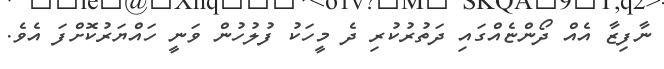
ނާފިޒާ އެއް ދޯންޏެއްގައި ދަތުރުކުރި ދެ މީހަކު ފުލުހުން ވަނީ ހައްޔަރުކޮށްފަ އެވެ.